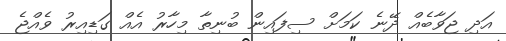
އަދި ޖަވާބެއް ދޭނެ ކަމަށް ސިފައިން ބުނިތާ މިހާރު އެއް ގަޑިއިރު ވެއްޖެ